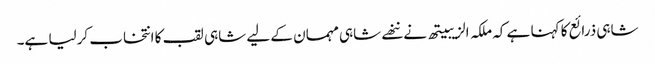
شاہی ذرائع کا کہنا ہے کہ ملکہ الزیبیتھ نے ننھے شاہی مہمان کے لیے شاہی لقب کا انتخاب کرلیا ہے۔